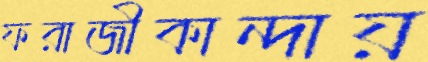
ফরাজীকান্দায়